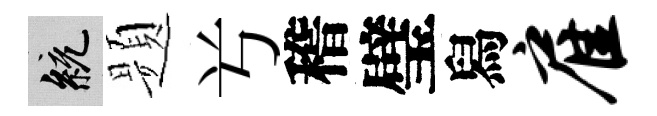
統题𠔃稽璧舄雇